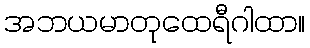
အဘယမာတုထေရီဂါထာ။